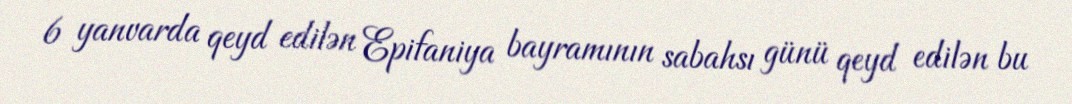
6 yanvarda qeyd edilən Epifaniya bayramının sabahsı günü qeyd edilən bu